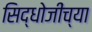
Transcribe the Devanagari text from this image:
सिद्धोजींच्या